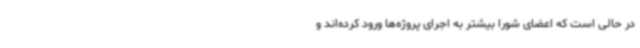
در حالی است که اعضای شورا بیشتر به اجرای پروژه‌ها ورود کرده‌اند و